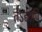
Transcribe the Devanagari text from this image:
तेऽद्यापि